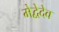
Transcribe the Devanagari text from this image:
मेद्वेदेव